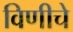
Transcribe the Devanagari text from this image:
विणीचे